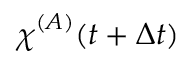
{ \chi \smash [ t ] { \mathstrut } } ^ { ( A ) } ( t + \Delta t )